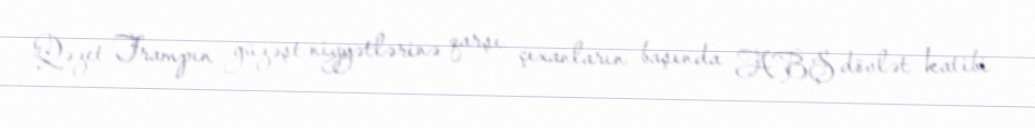
Qəzet Trampın güzəşt niyyətlərinə qarşı çıxanların başında ABŞ dövlət katibi